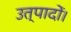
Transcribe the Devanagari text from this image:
उत्पादों।